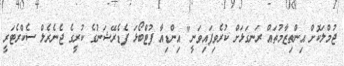
ޖުމްލަކޮށް އިންތިޒާމުތައް ރަނގަޅަށް ކުރެވިފައިވަނީ" އިންޑިއާ ފުޓްބޯޅަ ފެޑެރޭޝަނުގެ ކުރީގެ ޖެނެރެލް ސެކްރެޓަރީ